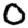
Digit: 0